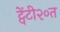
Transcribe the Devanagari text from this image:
ट्वेंटी२०त